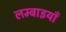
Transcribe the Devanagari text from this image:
लम्बाइयाँ